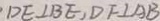
\cdot D E \bot B E , D F \bot A B